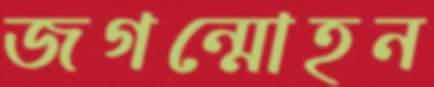
জগন্মোহন